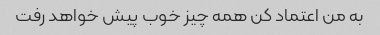
به من اعتماد کن همه چیز خوب پیش خواهد رفت